Annual report of the Punjab Veterinary College and of the Civil Veterinary Department, Punjab - 1894-1908
Year: 1894
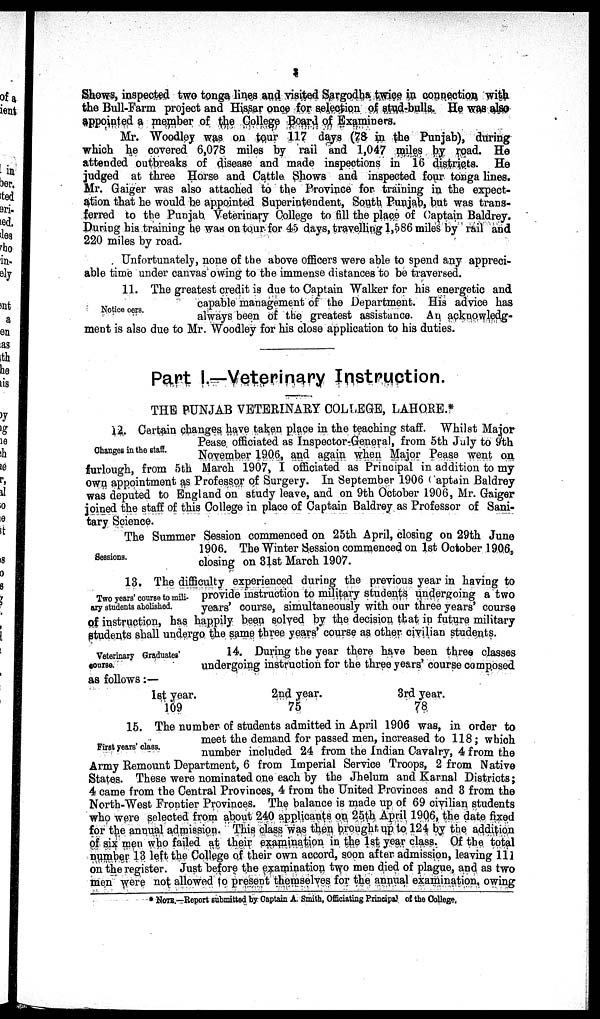
3
Shows, inspected two tonga lines and visited Sargodha twice in connection with
the Bull-Farm project and Hissar once for selection of stud-bulls. He was also
appointed a member of the College Board of Examiners.
Mr. Woodley was on tour 117 days (78 in the Punjab), during
which he covered 6,078 miles by rail and 1,047 miles by road. He
attended outbreaks of disease and made inspections in 16 districts. He
judged at three Horse and Cattle Shows and inspected four tonga lines.
Mr. Gaiger was also attached to the Province for training in the expect-
ation that he would be appointed Superintendent, South Punjab, but was trans-
ferred to the Punjab Veterinary College to fill the place of Captain Baldrey.
During his training he was on tour for 45 days, travelling 1,586 miles by rail and
220 miles by road.
Unfortunately, none of the above officers were able to spend any appreci-
able time under canvas owing to the immense distances to be traversed.
Notice oers.
11. The greatest credit is due to Captain Walker for his energetic and
capable management of the Department. His advice has
always been of the greatest assistance. An acknowledg-
ment is also due to Mr. Woodley for his close application to his duties.
Part I.—Veterinary Instruction.
THE PUNJAB VETERINARY COLLEGE, LAHORE.*
Changes in the staff.
12. Certain changes have taken place in the teaching staff. Whilst Major
Pease officiated as Inspector-General, from 5th July to 9th
November 1906, and again when Major Pease went on
furlough, from 5th March 1907, I officiated as Principal in addition to my
own appointment as Professor of Surgery. In September 1906 Captain Baldrey
was deputed to England on study leave, and on 9th October 1906, Mr. Gaiger
joined the staff of this College in place of Captain Baldrey as Professor of Sani-
tary Science.
Sessions.
The Summer Session commenced on 25th April, closing on 29th June
1906. The Winter Session commenced on 1st October 1906,
closing on 31st March 1907.
Two years' course to mili-
ary students abolished.
13. The difficulty experienced during the previous year in having to
provide instruction to military students undergoing a two
years' course, simultaneously with our three years' course
of instruction, has happily been solved by the decision that in future military
students shall undergo the same three years' course as other civilian students.
Veterinary Graduates
course.
14. During the year there have been three classes
undergoing instruction for the three years' course composed
as follows:—
1st year.
109
2nd year.
75
3rd year.
78
First years' class.
15. The number of students admitted in April 1906 was, in order to
meet the demand for passed men, increased to 118; which
number included 24 from the Indian Cavalry, 4 from the
Army Remount Department, 6 from Imperial Service Troops, 2 from Native
States. These were nominated one each by the Jhelum and Karnal Districts;
4 came from the Central Provinces, 4 from the United Provinces and 3 from the
North-West Frontier Provinces. The balance is made up of 69 civilian students
who were selected from about 240 applicants on 25th April 1906, the date fixed
for the annual admission. This class was then brought up to 124 by the addition
of six men who failed at their examination in the 1st year class. Of the total
number 13 left the College of their own accord, soon after admission, leaving 111
on the register. Just before the examination two men died of plague, and as two
men were not allowed to present themselves for the annual examination, owing
* NOTE.—Report submitted by Captain A. Smith, Officiating Principal of the College.